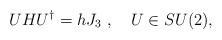
\begin{align*}UHU^\dagger = h J_3\ , \quad U \in SU(2),\end{align*}